Vaccination in Bombay 1874-1876 - 1874-1876
Year: 1874
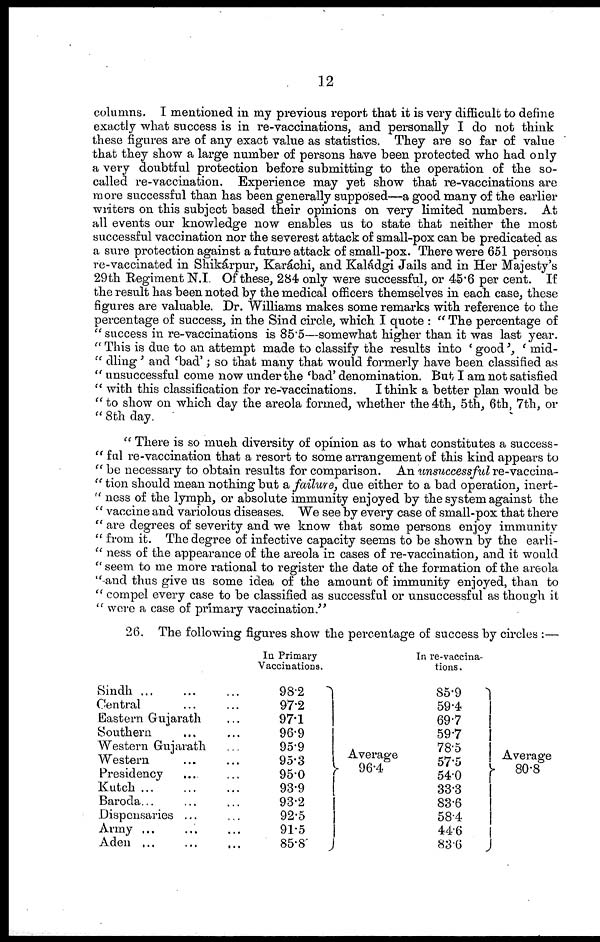
12
columns. I mentioned in my previous report that it is very difficult to define
exactly what success is in re-vaccinations, and personally I do not think
these figures are of any exact value as statistics. They are so far of value
that they show a large number of persons have been protected who had only
a very doubtful protection before submitting to the operation of the so-
called re-vaccination. Experience may yet show that re-vaccinations are
more successful than has been generally supposed—a good many of the earlier
writers on this subject based their opinions on very limited numbers. At
all events our knowledge now enables us to state that neither the most
successful vaccination nor the severest attack of small-pox can be predicated as
a sure protection against a future attack of small-pox. There were 651 persons
re-vaccinated in Shikárpur, Karáchi, and Kaládgi Jails and in Her Majesty's
29th Regiment N.I. Of these, 284 only were successful, or 45.6 per cent. If
the result has been noted by the medical officers themselves in each case, these
figures are valuable. Dr. Williams makes some remarks with reference to the
percentage of success, in the Sind circle, which I quote : " The percentage of
" success in re-vaccinations is 85.5—somewhat higher than it was last year.
" This is due to an attempt made to classify the results into ' good', ' mid-
" dling' and 'bad'; so that many that would formerly have been classified as
" unsuccessful come now under the 'bad' denomination. But I am not satisfied
" with this classification for re-vaccinations. I think a better plan would be
"to show on which day the areola formed, whether the 4th, 5th, 6th, 7th, or
" 8th day.
" There is so much diversity of opinion as to what constitutes a success-
" ful re-vaccination that a resort to some arrangement of this kind appears to
" be necessary to obtain results for comparison. An unsuccessful re-vaccina-
" tion should mean nothing but a failure, due either to a bad operation, inert-
" ness of the lymph, or absolute immunity enjoyed by the system against the
" vaccine and variolous diseases. We see by every case of small-pox that there
" are degrees of severity and we know that some persons enjoy immunity
" from it. The degree of infective capacity seems to be shown by the earli-
" ness of the appearance of the areola in cases of re-vaccination, and it would
" seem to me more rational to register the date of the formation of the areola
"and thus give us some idea of the amount of immunity enjoyed, than to
" compel every case to be classified as successful or unsuccessful as though it
" were a case of primary vaccination."
26. The following figures show the percentage of success by circles :—
Sindh
...
...
...
Central ... ...
Eastern Gujarath ...
Southern ... ...
Western Gujarath ...
Western ... ...
Presidency ... ...
Kutch
...
...
...
Baroda ... ... ...
Dispensaries ... ...
Army ... ... ...
Aden ... ... ...
In Primary
Vaccinations.
98.2
97.2
97.1
96.9
95.9
95.3
95.0
93.9
93.2
92.5
91.5
85.8
Average
96.4
In re-vaccina-
tions .
85.9
59.4
69.7
59.7
78.5
57.5
54.0
33.3
83.6
58.4
44.6
83.6
Average
80.8